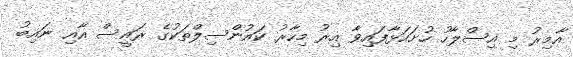
އާމިރު މި އިސްލާހު ހުށަހަޅާފައިވާ އިރު މިހާރު ކައުންސިލްތަކުގެ ރައީސް އާއި ނައިބު